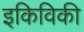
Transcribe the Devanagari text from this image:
इकिविकी